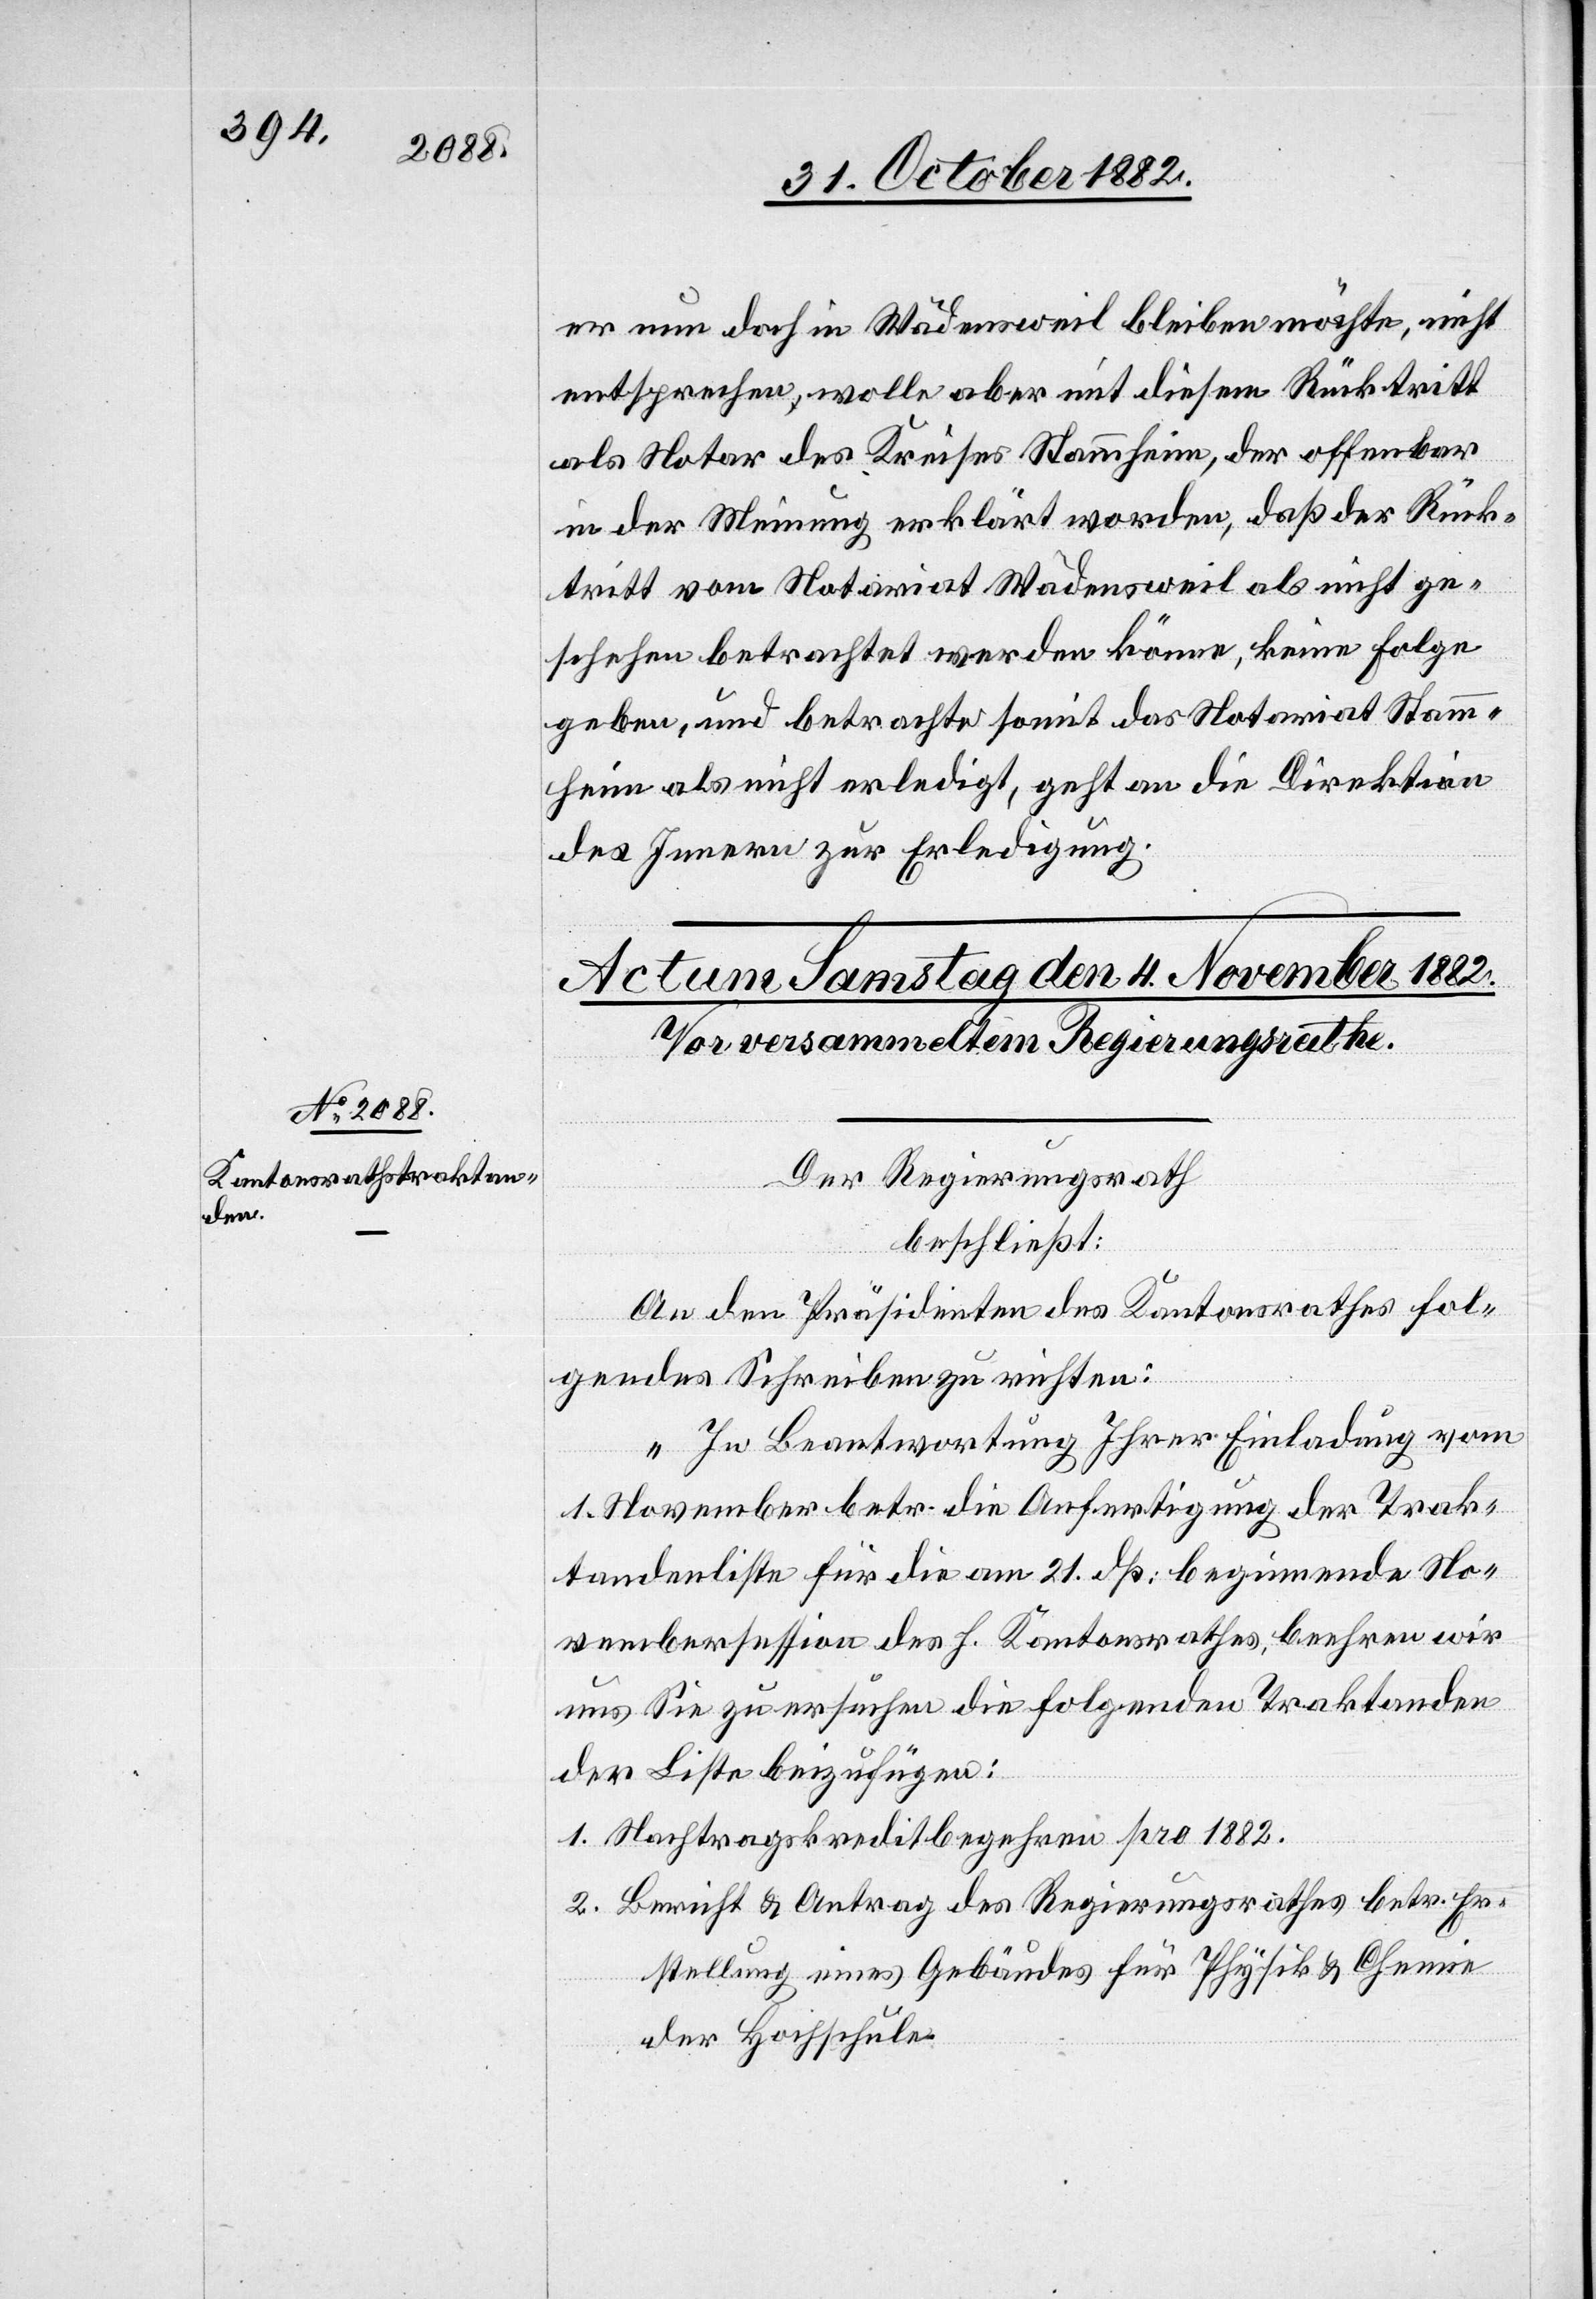
er nun doch in Wädensweil bleiben möchte, nicht
entsprechen, wolle aber mit diesem Rücktritt
als Notar des Kreises Stammheim, der offenbar
in der Meinung erklärt worden, daß der Rück¬
tritt vom Notariat Wädensweil als nicht ge¬
schehen betrachtet werden könne, keine Folge
geben, und betrachte somit das Notariat Stamm¬
heim als nicht erledigt, geht an die Direktion
des Innern zur Erledigung.
Der Regierungsrath
beschließt:
An den Präsidenten des Kantonsrathes fol¬
gendes Schreiben zu richten:
„In Beantwortung Ihrer Einladung vom
1. November betr. die Anfertigung der Trak¬
tandenliste für die am 21. dß. beginnende No¬
vembersession des h. Kantonsrathes, beehren wir
uns Sie zu ersuchen die folgenden Traktanden
der Liste beizufügen:
1. Nachtragskreditbegehren pro 1882.
2. Bericht & Antrag des Regierungsrathes betr. Er¬
stellung eines Gebäudes für Physik & Chemie
der Hochschule.